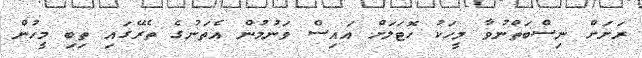
ރަށަށް ނިސްބަތްނުވާ މީހަކު ހޮޓަލަށް އައިސް ވަނުމުން އެތަނުގެ ތެރޭގައި ތިބި މީހުން